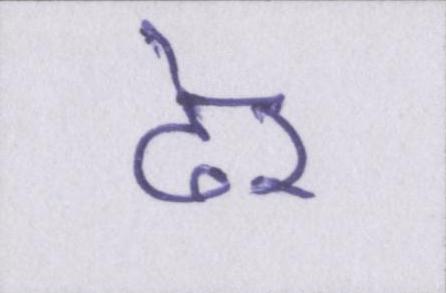
ढ़ेर